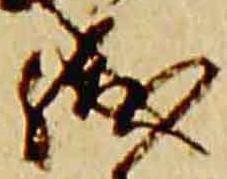
職